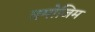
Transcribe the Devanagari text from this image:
बमोजिम